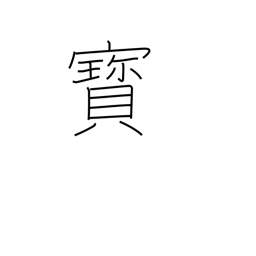
Meaning: rare